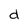
Character: d